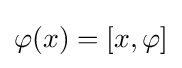
\varphi (x)=[x,\varphi ]